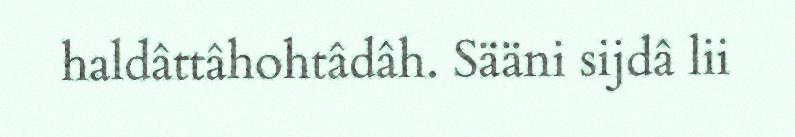
haldâttâhohtâdâh. Sääni sijdâ lii